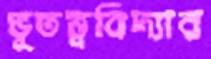
ভূতত্ত্ববিদ্যার